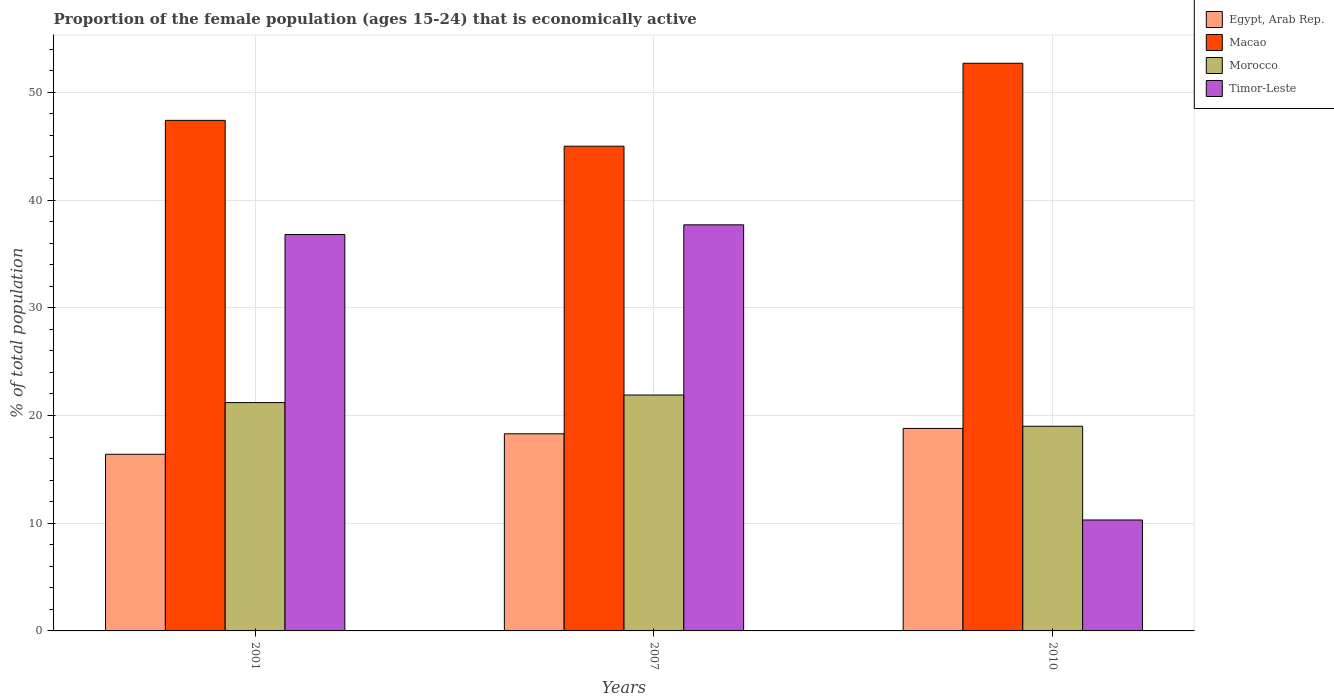
| Years | Egypt, Arab Rep. | Macao | Morocco | Timor-Leste |
 | --- | --- | --- | --- | --- |
 | 2001 | 16.4 | 47.4 | 21.2 | 36.8 |
 | 2007 | 18.3 | 45 | 21.9 | 37.7 |
 | 2010 | 18.8 | 52.7 | 19 | 10.3 |